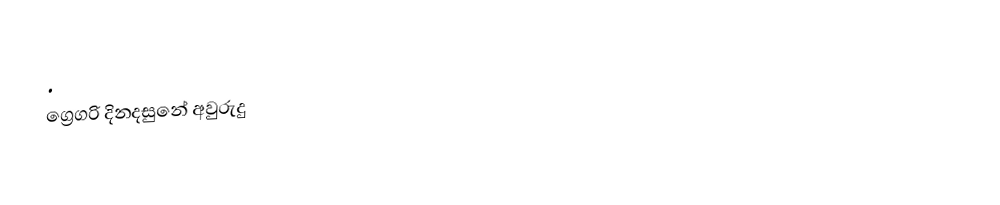

.
ග්‍රෙගරි දිනදසුනේ අවුරුදු